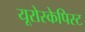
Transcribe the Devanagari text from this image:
यूरोस्केपिस्ट